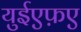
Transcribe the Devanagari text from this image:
युईएफ़ए